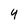
Character: 4